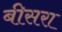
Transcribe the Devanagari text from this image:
बीसरा